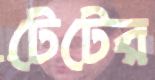
টেটের